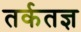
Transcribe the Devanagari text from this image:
तर्कतज्ञ